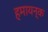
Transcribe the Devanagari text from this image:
हमायन्क